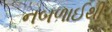
નબળાઈથી